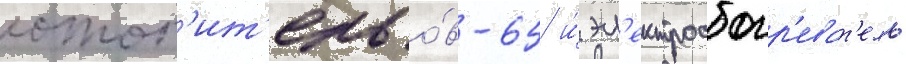
отоп'ит'ель о́в-65 и́ эл'ектрообогр'еват'ель